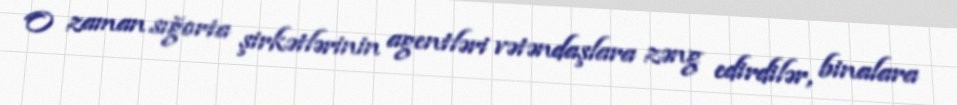
O zaman sığorta şirkətlərinin agentləri vətəndaşlara zəng edirdilər, binalara